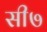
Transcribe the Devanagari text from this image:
सी७